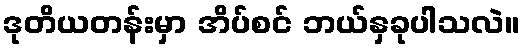
ဒုတိယတန်းမှာ အိပ်စင် ဘယ်နှခုပါသလဲ။